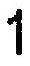
1